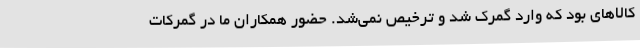
کالاهای بود که وارد گمرک شد و ترخیص نمی‌شد. حضور همکاران ما در گمرکات